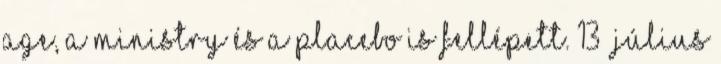
Age, a Ministry és a Placebo is fellépett. 13 Július